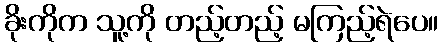
ခိုးကိုက သူ့ကို တည့်တည့် မကြည့်ရဲပေ။